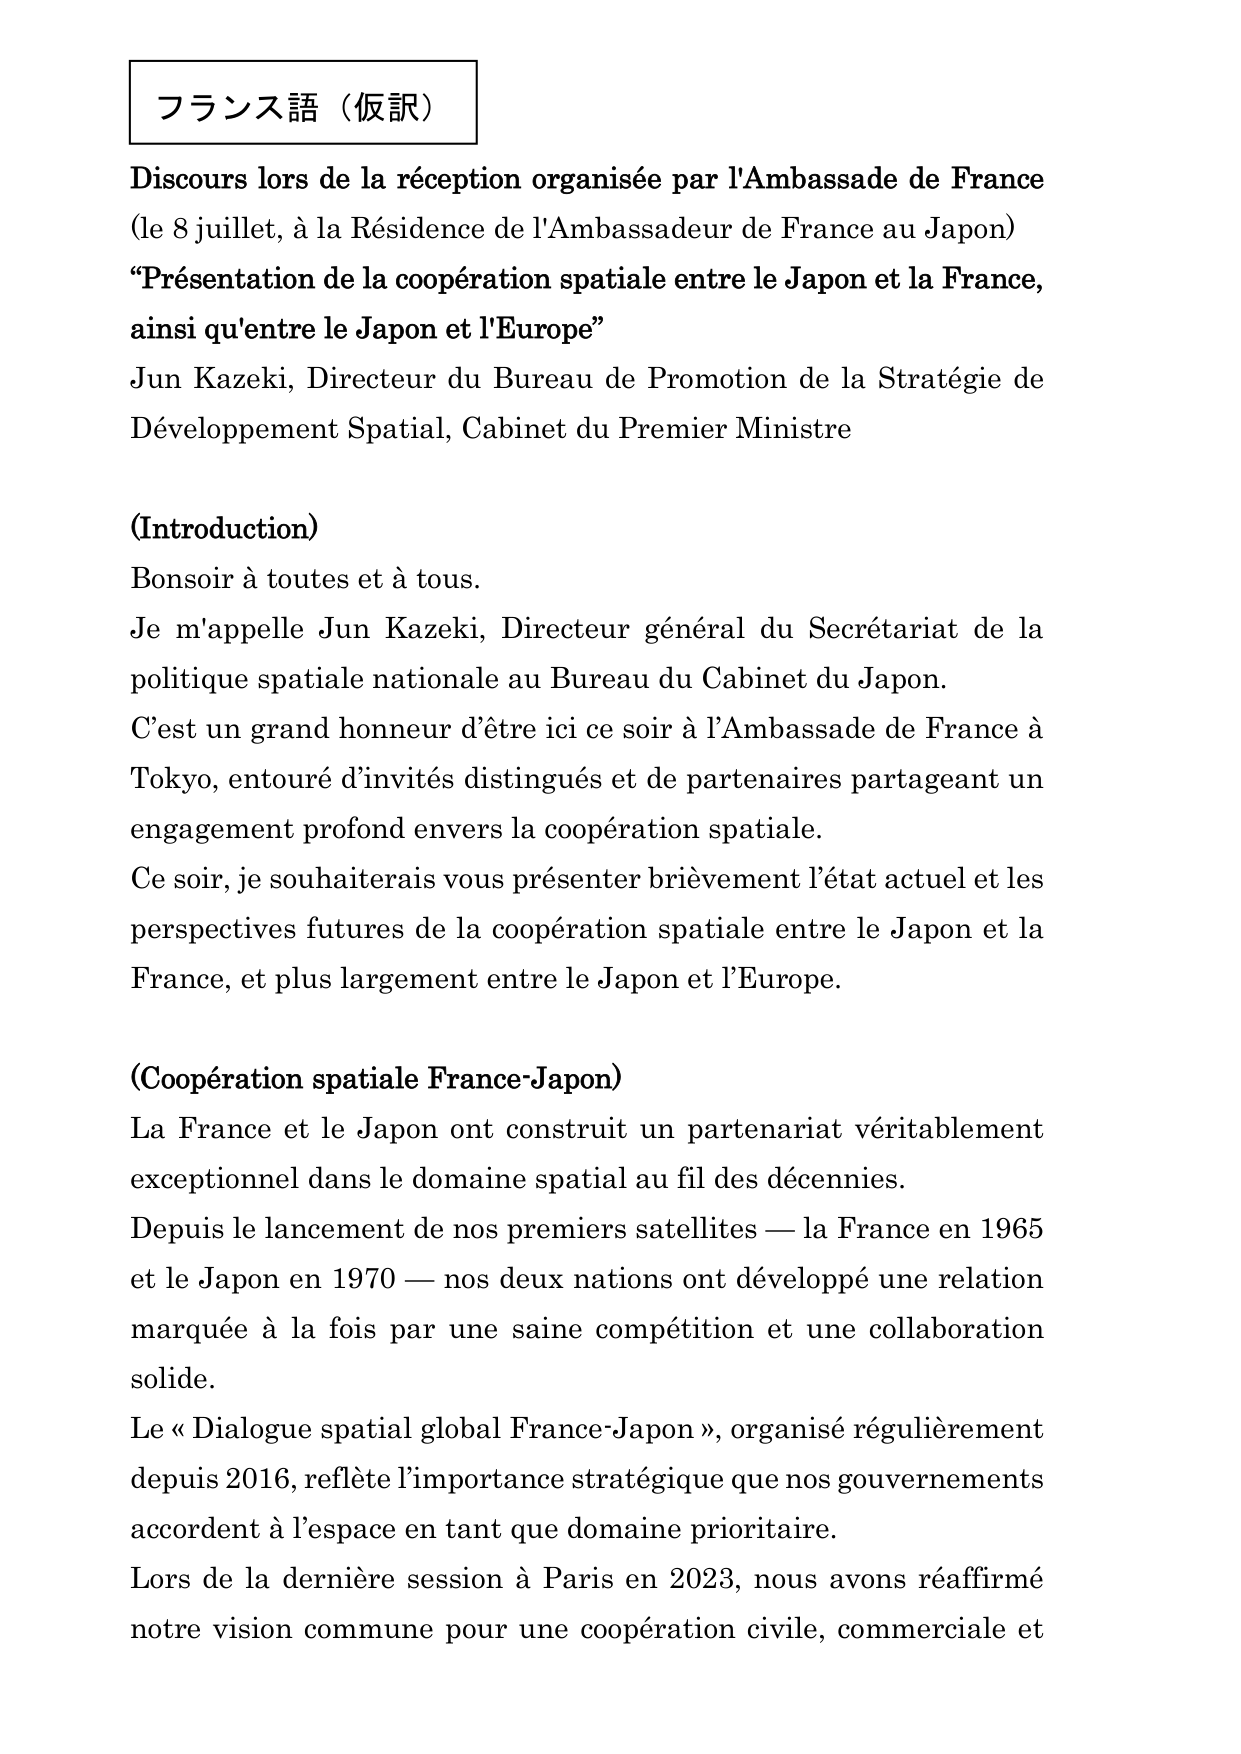
フランス語（仮訳）

Discours lors de la réception organisée par l'Ambassade de France
(le 8 juillet, à la Résidence de l'Ambassadeur de France au Japon)
"Présentation de la coopération spatiale entre le Japon et la France,
ainsi qu'entre le Japon et l'Europe"
Jun Kazeki, Directeur du Bureau de Promotion de la Stratégie de
Développement Spatial, Cabinet du Premier Ministre

(Introduction)
Bonsoir à toutes et à tous.
Je m'appelle Jun Kazeki, Directeur général du Secrétariat de la
politique spatiale nationale au Bureau du Cabinet du Japon.
C'est un grand honneur d'être ici ce soir à l'Ambassade de France à
Tokyo, entouré d'invités distingués et de partenaires partageant un
engagement profond envers la coopération spatiale.
Ce soir, je souhaiterais vous présenter brièvement l'état actuel et les
perspectives futures de la coopération spatiale entre le Japon et la
France, et plus largement entre le Japon et l'Europe.

(Coopération spatiale France-Japon)
La France et le Japon ont construit un partenariat véritablement
exceptionnel dans le domaine spatial au fil des décennies.
Depuis le lancement de nos premiers satellites — la France en 1965
et le Japon en 1970 — nos deux nations ont développé une relation
marquée à la fois par une saine compétition et une collaboration
solide.
Le « Dialogue spatial global France-Japon », organisé régulièrement
depuis 2016, reflète l'importance stratégique que nos gouvernements
accordent à l'espace en tant que domaine prioritaire.
Lors de la dernière session à Paris en 2023, nous avons réaffirmé
notre vision commune pour une coopération civile, commerciale et